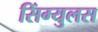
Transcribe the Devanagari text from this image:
सिंग्युलस